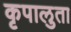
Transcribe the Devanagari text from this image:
कृपालुता